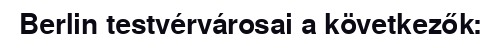
Berlin testvérvárosai a következők: